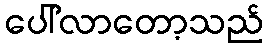
ပေါ်လာတော့သည်